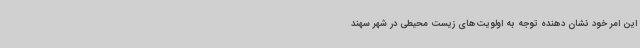
این امر خود نشان دهنده توجه به اولویت‌های زیست محیطی در شهر سهند